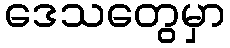
ဒေသတွေမှာ